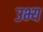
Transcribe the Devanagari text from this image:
उभ्य